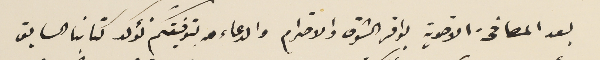
بعد المصافحة الاخوية بوافر الشوق والاحترام والدعاء بتوفيقكم نؤكد كتابنا السابق